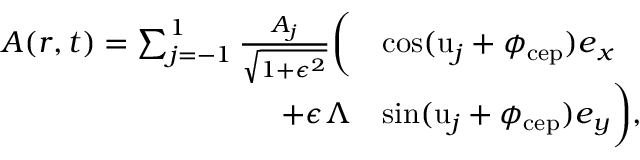
\begin{array} { r l } { \boldsymbol { A } ( \boldsymbol { r } , t ) = \sum _ { j = - 1 } ^ { 1 } \frac { A _ { j } } { \sqrt { 1 + \epsilon ^ { 2 } } } \biggl ( } & { \cos ( \mathrm { u } _ { j } + \phi _ { \mathrm { c e p } } ) \boldsymbol { e } _ { x } } \\ { + \epsilon \Lambda } & { \sin ( \mathrm { u } _ { j } + \phi _ { \mathrm { c e p } } ) \boldsymbol { e } _ { y } \biggr ) , } \end{array}